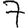
Digit: 7